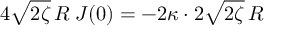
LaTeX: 4 \sqrt { 2 \zeta } \, R \: J ( 0 ) = - 2 \kappa \cdot 2 \sqrt { 2 \zeta } \, R